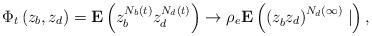
LaTeX: \begin{align*}\Phi _{t}\left( z_{b},z_{d}\right) =\mathbf{E}\left( z_{b}^{N_{b}\left(t\right) }z_{d}^{N_{d}\left( t\right) }\right) \rightarrow \rho _{e}\mathbf{E}\left( \left( z_{b}^{{}}z_{d}\right) ^{N_{d}\left( \infty \right) }\mid \right) , \end{align*}